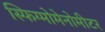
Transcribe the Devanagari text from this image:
स्फिग्मोमेनोमीटर